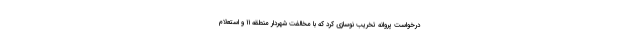
درخواست پروانه تخریب نوسازی کرد که با مخالفت شهردار منطقه ۱۱ و استعلام